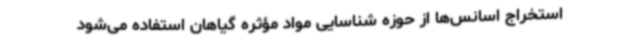
استخراج اسانس‌ها از حوزه شناسایی مواد مؤثره گیاهان استفاده می‌شود